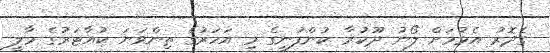
ގެދޮރު އެޅުމަށް ލޯނު ދޫކުރާ ކުންފުނީގެ މި އަހަރުގެ ތިންވަނަ ކުއާޓަރުގެ މާލީ